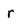
Character: r